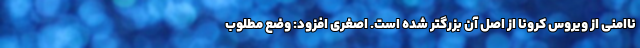
ناامنی از ویروس کرونا از اصل آن بزرگتر شده است. اصغری افزود: وضع مطلوب